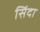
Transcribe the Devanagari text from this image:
सिंदा